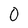
Character: O